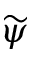
\widetilde \psi